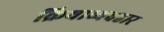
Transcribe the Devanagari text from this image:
क्रियाव्यवहार